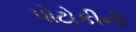
પોટોકીની